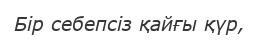
Бір себепсіз қайғы қүр,